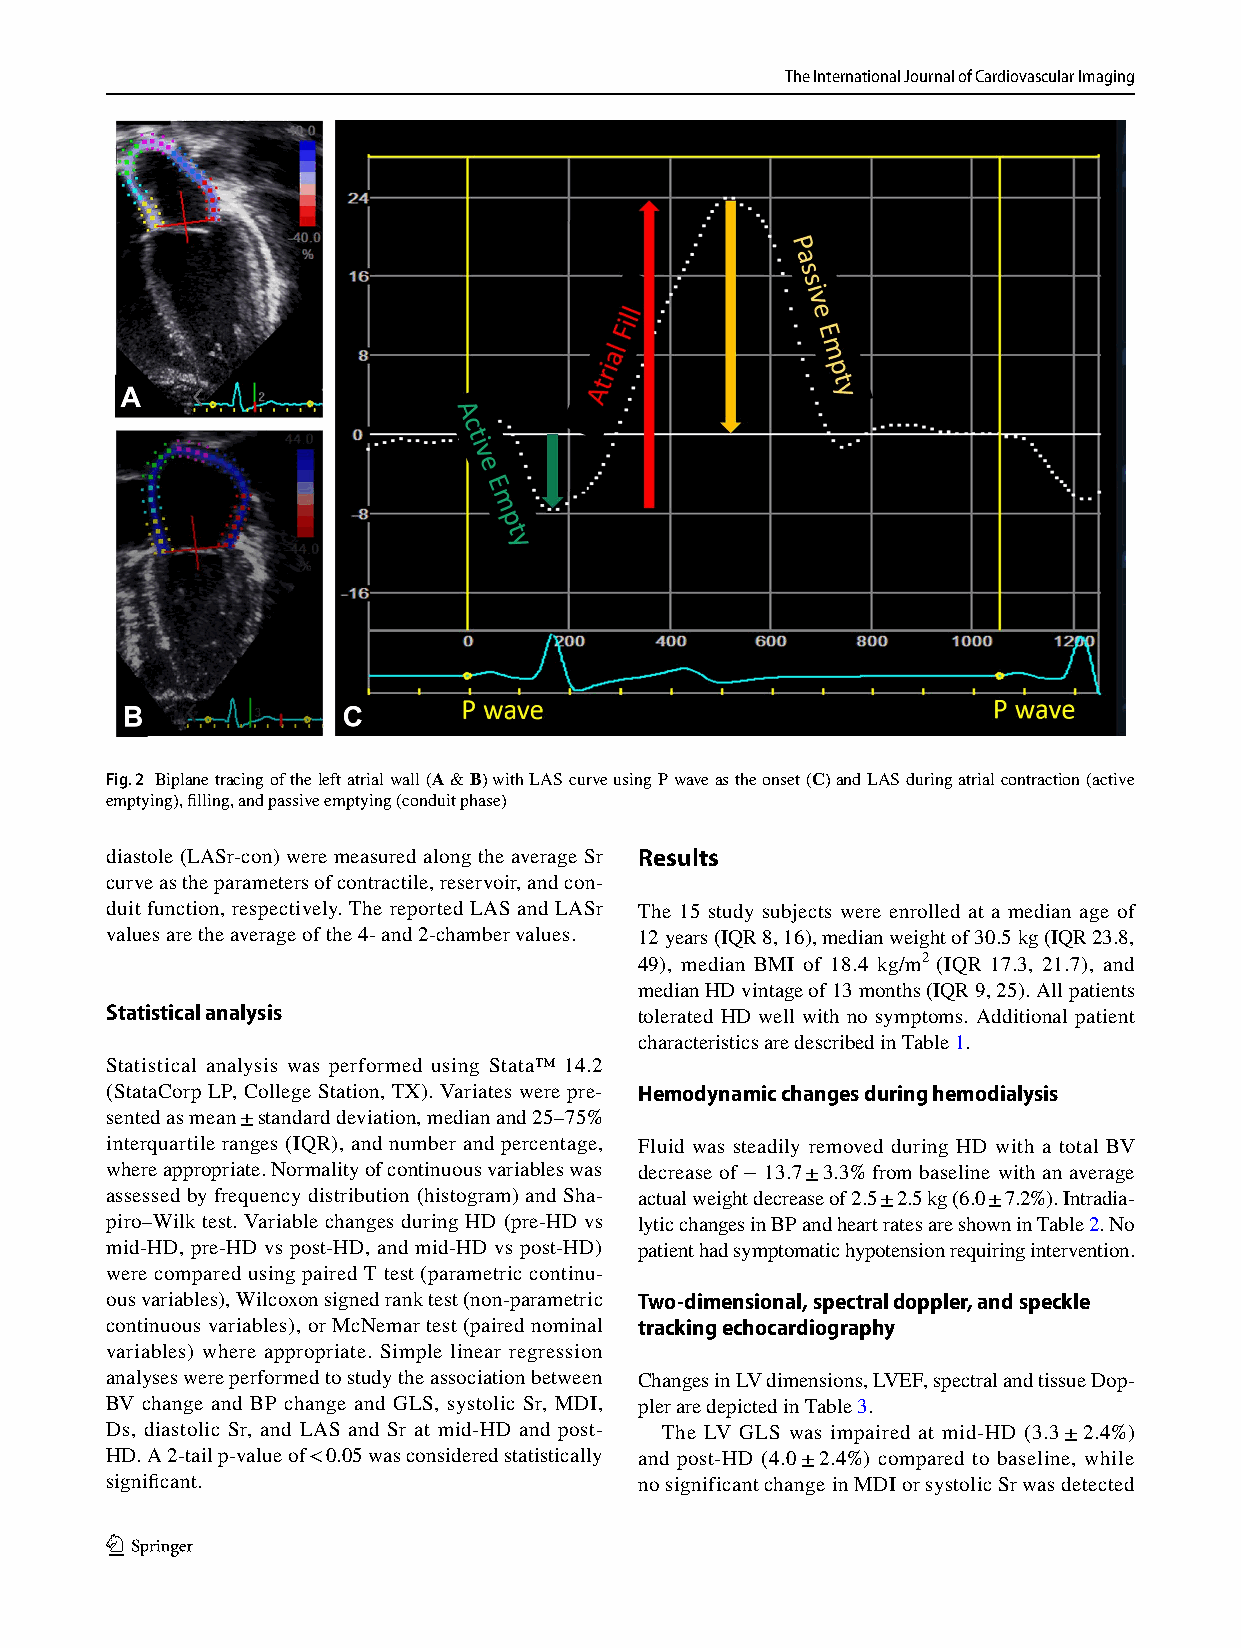
The International Journal of Cardiovascular Imaging
 Fig. 2 Biplane tracing of the left atrial wall (A & B) with LAS curve using P wave as the onset (C) and LAS during atrial contraction (active
 emptying), filling, and passive emptying (conduit phase)
 diastole (LASr-con) were measured along the average Sr Results
 curve as the parameters of contractile, reservoir, and con-
 duit function, respectively. The reported LAS and LASr The 15 study subjects were enrolled at a median age of
 values are the average of the 4- and 2-chamber values. 12 years (IQR 8, 16), median weight of 30.5 kg (IQR 23.8,
 49), median BMI of 18.4 kg/m2 (IQR 17.3, 21.7), and
 median HD vintage of 13 months (IQR 9, 25). All patients
 Statistical analysis
 tolerated HD well with no symptoms. Additional patient
 characteristics are described in Table 1.
 Statistical analysis was performed using Stata™ 14.2
 (StataCorp LP, College Station, TX). Variates were pre- Hemodynamic changes during hemodialysis
 sented as mean ± standard deviation, median and 25–75%
 interquartile ranges (IQR), and number and percentage, Fluid was steadily removed during HD with a total BV
 where appropriate. Normality of continuous variables was decrease of − 13.7 ± 3.3% from baseline with an average
 assessed by frequency distribution (histogram) and Sha- actual weight decrease of 2.5 ± 2.5 kg (6.0 ± 7.2%). Intradia-
 piro–Wilk test. Variable changes during HD (pre-HD vs lytic changes in BP and heart rates are shown in Table 2. No
 mid-HD, pre-HD vs post-HD, and mid-HD vs post-HD) patient had symptomatic hypotension requiring intervention.
 were compared using paired T test (parametric continu-
 ous variables), Wilcoxon signed rank test (non-parametric Two‑dimensional, spectral doppler, and speckle
 continuous variables), or McNemar test (paired nominal tracking echocardiography
 variables) where appropriate. Simple linear regression
 analyses were performed to study the association between Changes in LV dimensions, LVEF, spectral and tissue Dop-
 BV change and BP change and GLS, systolic Sr, MDI, pler are depicted in Table 3.
 Ds, diastolic Sr, and LAS and Sr at mid-HD and post- The LV GLS was impaired at mid-HD (3.3 ± 2.4%)
 HD. A 2-tail p-value of < 0.05 was considered statistically and post-HD (4.0 ± 2.4%) compared to baseline, while
 significant.                       no significant change in MDI or systolic Sr was detected
 1 3